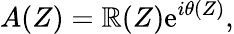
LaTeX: A(Z)=\mathbb{R}(Z)\mathrm{{e}}^{i\theta(Z)},